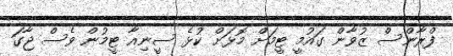
ފްރާންސް ޒުވާން ގައުމީ ޓީމަށް މޮޅަށް ކުޅެ ސީނިއާ ޓީމުން ވެސް ޖާގަ